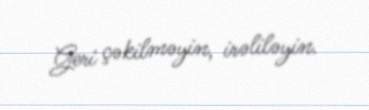
Geri çəkilməyin, irəliləyin.